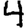
Digit: 4